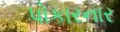
પોકારનાર